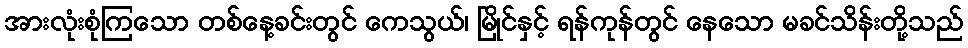
အားလုံးစုံကြသော တစ်နေ့ခင်းတွင် ကေသွယ်၊ မြိုင်နှင့် ရန်ကုန်တွင် နေသော မခင်သိန်းတို့သည်